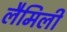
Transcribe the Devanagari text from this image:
लैमिली